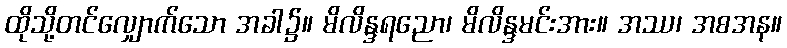
ထိုသို့တင်လျှောက်သော အခါ၌။ မိလိန္ဒရညော၊ မိလိန္ဒမင်းအား။ အဿ၊ အစအန။